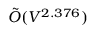
{ \tilde { O } } ( V ^ { 2 . 3 7 6 } )